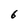
Character: 6